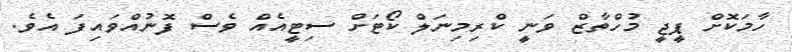
ހާމަކޮށް ޕީޖީ މުހްތާޒް ވަނީ ކްރިމިނަލް ކޯޓަށް ސިޓީއެއް ވެސް ފޮނުއްވައިފަ އެވެ.